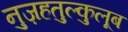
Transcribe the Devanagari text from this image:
नुज़हतुल्कुलूब